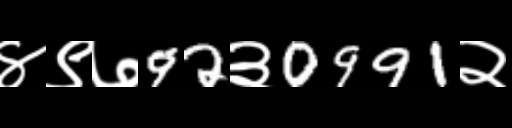
Text: ४९७92३0991२